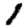
Digit: 1